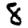
Digit: 8